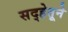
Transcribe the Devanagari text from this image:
सद्‍हेतूने